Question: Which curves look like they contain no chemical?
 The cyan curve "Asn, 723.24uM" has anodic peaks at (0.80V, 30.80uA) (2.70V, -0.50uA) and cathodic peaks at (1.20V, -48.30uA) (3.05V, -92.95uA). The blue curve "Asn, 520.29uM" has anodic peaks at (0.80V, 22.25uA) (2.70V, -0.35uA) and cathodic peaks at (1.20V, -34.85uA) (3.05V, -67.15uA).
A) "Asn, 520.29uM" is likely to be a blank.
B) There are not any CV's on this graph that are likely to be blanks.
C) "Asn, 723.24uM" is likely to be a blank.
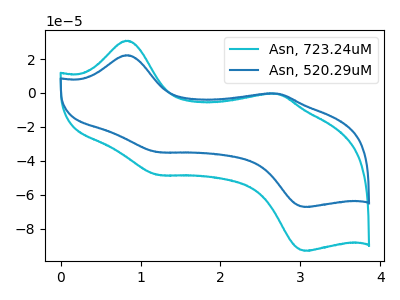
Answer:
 <answer>B) There are not any CV's on this graph that are likely to be blanks.</answer>
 <eval>B</eval>